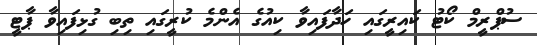
ސުޕްރީމް ކޯޓު ކައިރީގައި ހަދާފައިވާ ކިއުގެ އެންމެ ކުރީގައި ތިބި ގުޅިފައިވާ ޕާޓީ